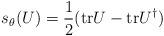
LaTeX: \begin{align*}s_\theta (U) = \frac{1}{2} ( \mbox{tr} U - \mbox{tr} U^\dagger)\end{align*}